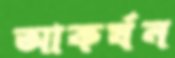
আকর্ষন